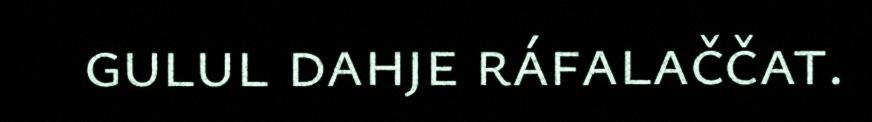
gulul dahje ráfalaččat.